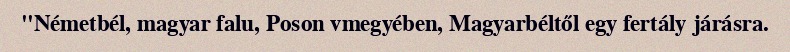
"Németbél, magyar falu, Poson vmegyében, Magyarbéltől egy fertály járásra.